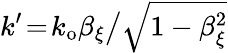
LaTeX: k^{\prime}\! =\! k_{\mathrm{o}}\beta_{\xi}\big/\sqrt{1-\beta_{\xi}^{2}}